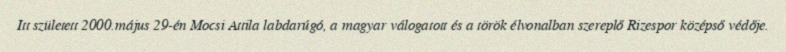
Itt született 2000.május 29-én Mocsi Attila labdarúgó, a magyar válogatott és a török élvonalban szereplő Rizespor középső védője.